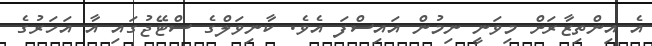
އެ އިންތިޒާރަށް މިވަނީ ނިމުން އައިސްފަ އެވެ. ކާނިވަލްގެ ސްޓޭޖުގައި އާ އަހަރުގެ